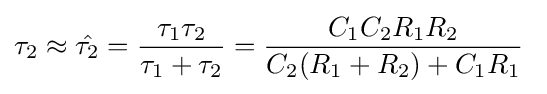
\tau _{2}\approx {\hat {\tau _{2}}}={\frac {\tau _{1}\tau _{2}}{\tau _{1}+\tau _{2}}}={\frac {C_{1}C_{2}R_{1}R_{2}}{C_{2}(R_{1}+R_{2})+C_{1}R_{1}}}\